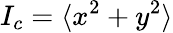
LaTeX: I_{c}=\langle x^{2}+y^{2}\rangle